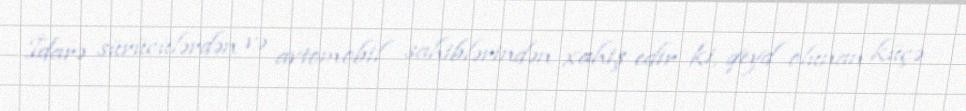
İdarə sürücülərdən və avtomobil sahiblərindən xahiş edir ki, qeyd olunan küçə